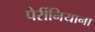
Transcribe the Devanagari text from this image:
पेर्रीनियाना